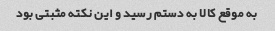
به موقع کالا به دستم رسید و این نکته مثبتی بود